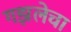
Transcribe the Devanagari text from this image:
गझलेचा